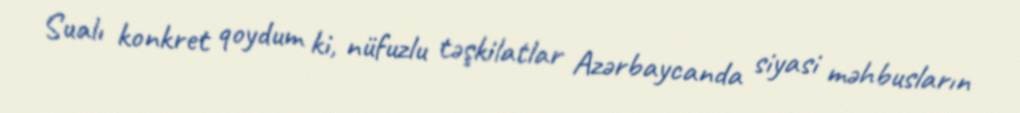
Sualı konkret qoydum ki, nüfuzlu təşkilatlar Azərbaycanda siyasi məhbusların